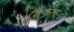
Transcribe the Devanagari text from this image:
राष्ट्रकूल